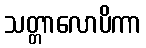
သတ္တာလောပိကာ